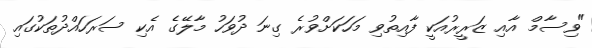
"ވިސާމް އާއި ޒަރީރުއަކީ ފާއިތުވި މަހަކަށްވުރެ ގިނަ ދުވަހު މާލޭގެ އެކި ސަރަހައްދުތަކުގައި